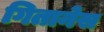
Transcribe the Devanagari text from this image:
गितानेस